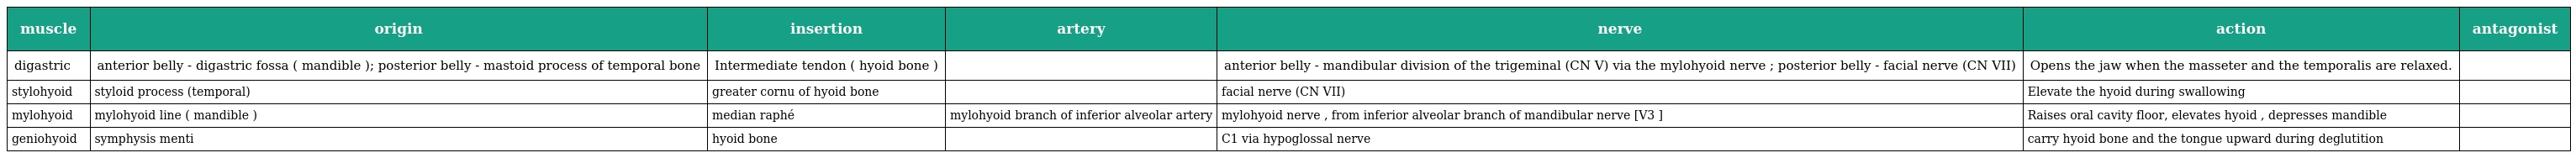
| muscle | origin | insertion | artery | nerve | action | antagonist |
 | --- | --- | --- | --- | --- | --- | --- |
 | digastric | anterior belly - digastric fossa ( mandible ); posterior belly - mastoid process of temporal bone | Intermediate tendon ( hyoid bone ) |  | anterior belly - mandibular division of the trigeminal (CN V) via the mylohyoid nerve ; posterior belly - facial nerve (CN VII) | Opens the jaw when the masseter and the temporalis are relaxed. |  |
 | stylohyoid | styloid process (temporal) | greater cornu of hyoid bone |  | facial nerve (CN VII) | Elevate the hyoid during swallowing |  |
 | mylohyoid | mylohyoid line ( mandible ) | median raphé | mylohyoid branch of inferior alveolar artery | mylohyoid nerve , from inferior alveolar branch of mandibular nerve [V3 ] | Raises oral cavity floor, elevates hyoid , depresses mandible |  |
 | geniohyoid | symphysis menti | hyoid bone |  | C1 via hypoglossal nerve | carry hyoid bone and the tongue upward during deglutition |  |